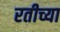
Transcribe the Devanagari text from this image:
रतीच्या